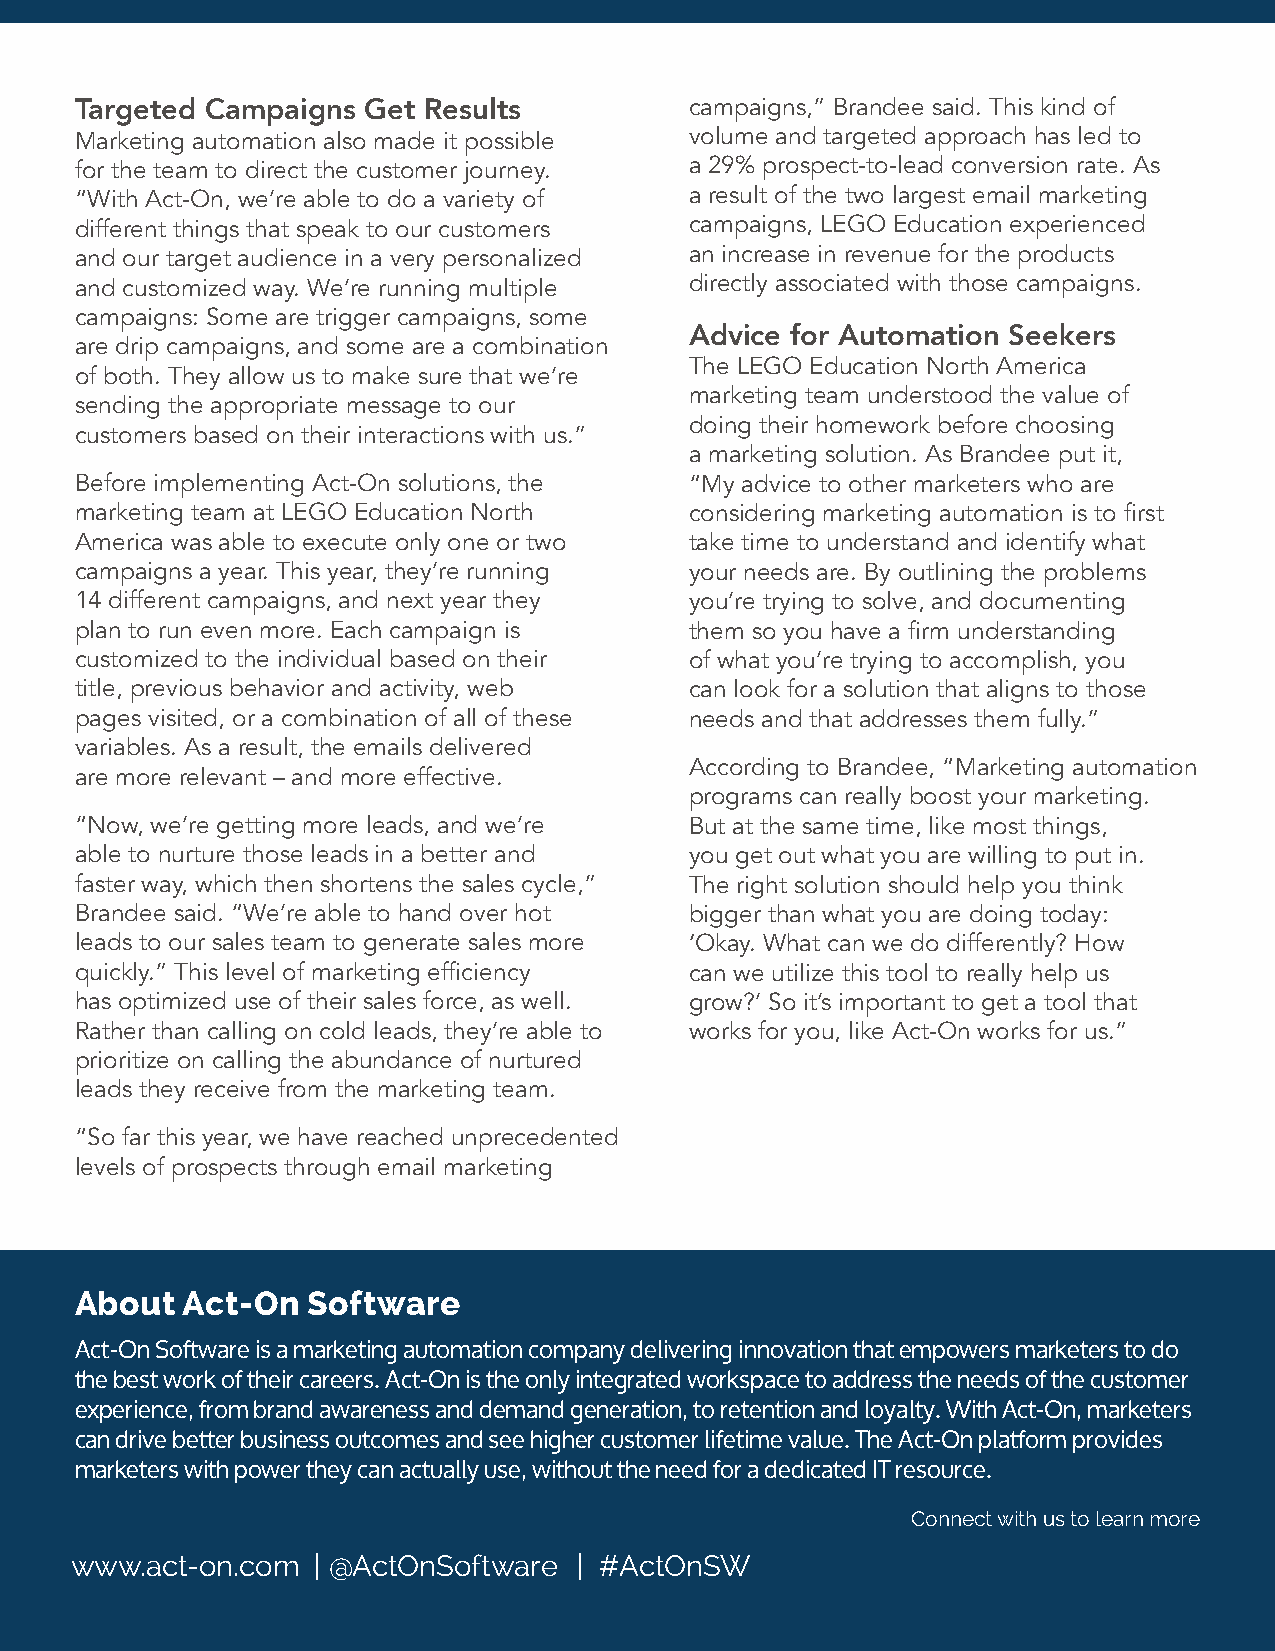
Targeted Campaigns Get Results           campaigns,” Brandee said. This kind of
 Marketing automation also made it possible volume and targeted approach has led to
 for the team to direct the customer journey. a 29% prospect-to-lead conversion rate. As
 “With Act-On, we’re able to do a variety of a result of the two largest email marketing
 different things that speak to our customers campaigns, LEGO Education experienced
 and our target audience in a very personalized an increase in revenue for the products
 and customized way. We’re running multiple directly associated with those campaigns.
 campaigns: Some are trigger campaigns, some
 Advice for Automation Seekers
 are drip campaigns, and some are a combination
 The LEGO Education North America
 of both. They allow us to make sure that we’re
 marketing team understood the value of
 sending the appropriate message to our
 doing their homework before choosing
 customers based on their interactions with us.”
 a marketing solution. As Brandee put it,
 Before implementing Act-On solutions, the “My advice to other marketers who are
 marketing team at LEGO Education North   considering marketing automation is to first
 America was able to execute only one or two take time to understand and identify what
 campaigns a year. This year, they’re running your needs are. By outlining the problems
 14 different campaigns, and next year they you’re trying to solve, and documenting
 plan to run even more. Each campaign is  them so you have a firm understanding
 customized to the individual based on their of what you’re trying to accomplish, you
 title, previous behavior and activity, web can look for a solution that aligns to those
 pages visited, or a combination of all of these needs and that addresses them fully.”
 variables. As a result, the emails delivered
 According to Brandee, “Marketing automation
 are more relevant – and more effective.
 programs can really boost your marketing.
 “Now, we’re getting more leads, and we’re But at the same time, like most things,
 able to nurture those leads in a better and you get out what you are willing to put in.
 faster way, which then shortens the sales cycle,” The right solution should help you think
 Brandee said. “We’re able to hand over hot bigger than what you are doing today:
 leads to our sales team to generate sales more ‘Okay. What can we do differently? How
 quickly.” This level of marketing efficiency can we utilize this tool to really help us
 has optimized use of their sales force, as well. grow?’ So it’s important to get a tool that
 Rather than calling on cold leads, they’re able to works for you, like Act-On works for us.”
 prioritize on calling the abundance of nurtured
 leads they receive from the marketing team.
 “So far this year, we have reached unprecedented
 levels of prospects through email marketing
 About  Act-On  Software
 Act-On Software is a marketing automation company delivering innovation that empowers marketers to do
 the best work of their careers. Act-On is the only integrated workspace to address the needs of the customer
 experience, from brand awareness and demand generation, to retention and loyalty. With Act-On, marketers
 can drive better business outcomes and see higher customer lifetime value. The Act-On platform provides
 marketers with power they can actually use, without the need for a dedicated IT resource.
 Connect with us to learn more
 www.act-on.com  | @ActOnSoftware | #ActOnSW